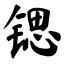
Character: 锶